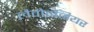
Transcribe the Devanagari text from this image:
लैवोइजियर